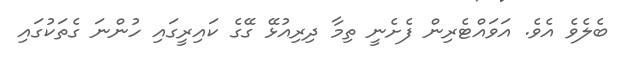
ބެލެވެ އެވެ. އަވައްޓެރިން ފެށެނީ ތިމާ ދިރިއުޅޭ ގޭގެ ކައިރީގައި ހުންނަ ގެތަކުގައި